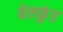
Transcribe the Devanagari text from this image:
बेलकुंड